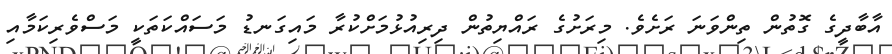
އާބާދީގެ ގޮތުން ތިންވަނަ ރަށެވެ. މިރަށުގެ ރައްޔިތުން ދިރިއުޅުމަށްކުރާ މައިގަނޑު މަސައްކަތަކީ މަސްވެރިކަމާއި